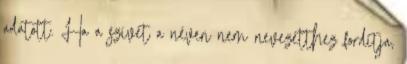
adatott. Ha a szívét a néven nem nevezetthez fordítja,